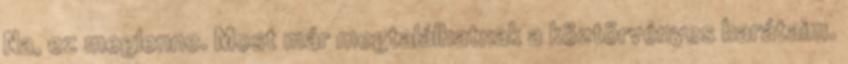
Na, ez meglenne. Most már megtalálhatnak a köztörvényes barátaim.